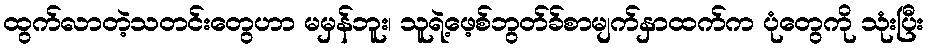
ထွက်လာတဲ့သတင်းတွေဟာ မမှန်ဘူး၊ သူရဲ့ဖေ့စ်ဘွတ်ခ်စာမျက်နှာထက်က ပုံတွေကို သုံးပြီး